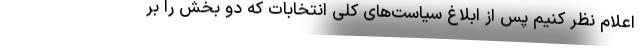
اعلام نظر کنیم پس از ابلاغ سیاست‌های کلی انتخابات که دو بخش را بر